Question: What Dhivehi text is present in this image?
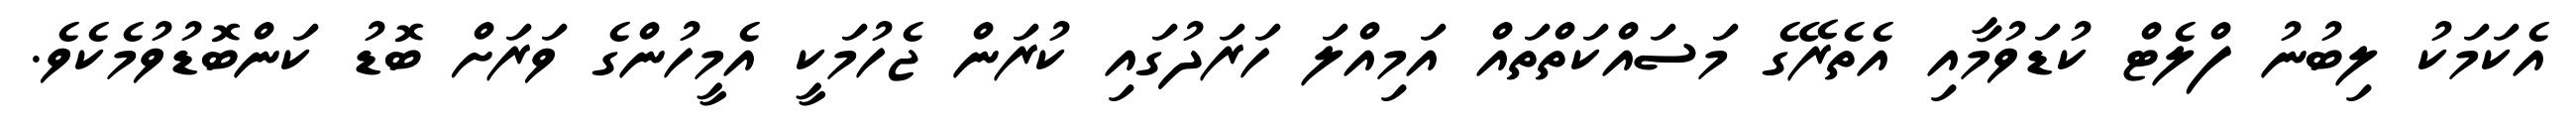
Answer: އެކަމަކު ލިބުނު ފްލެޓް ކުޑަވުމާއި އެތެރޭގެ މަސައްކަތްތައް އަމިއްލަ ހަރަދުގައި ކުރަން ޖެހުމަކީ އެމީހުންގެ ވަރަށް ބޮޑު ކަންބޮޑުވުމެކެވެ.